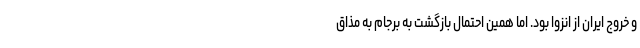
و خروج ایران از انزوا بود. اما همین احتمال بازگشت به برجام به مذاق